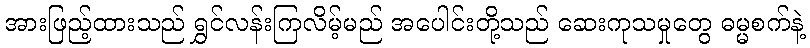
အားဖြည့်ထားသည် ရွှင်လန်းကြလိမ့်မည် အပေါင်းတို့သည် ဆေးကုသမှုတွေ ဓမ္မစက်နဲ့